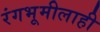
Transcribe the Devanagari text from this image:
रंगभूमीलाही